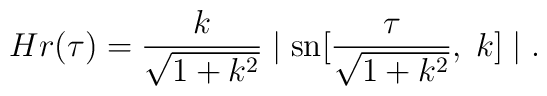
H r(\tau)=\frac{k}{\sqrt{1+k^2}}\mid\mbox{sn}[\frac{\tau}{\sqrt{1+k^2}},\;k]\mid.